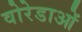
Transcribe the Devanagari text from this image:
वोरेडाओं